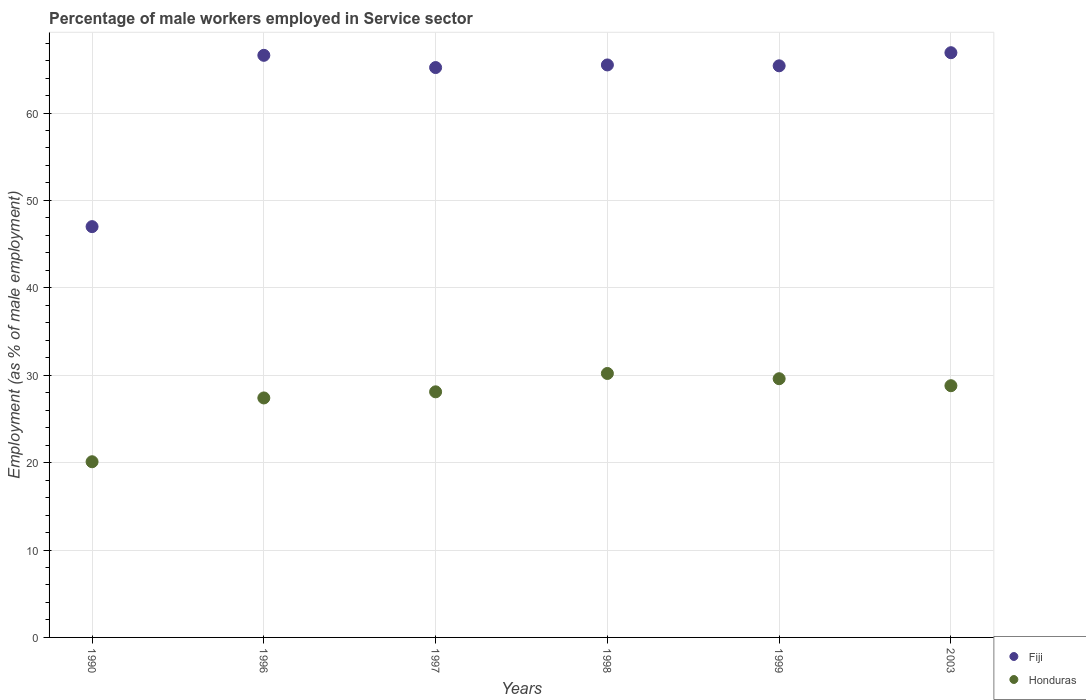
| Years | Fiji | Honduras |
 | --- | --- | --- |
 | 1990 | 47 | 20.1 |
 | 1996 | 66.6 | 27.4 |
 | 1997 | 65.2 | 28.1 |
 | 1998 | 65.5 | 30.2 |
 | 1999 | 65.4 | 29.6 |
 | 2003 | 66.9 | 28.8 |